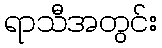
ရာသီအတွင်း